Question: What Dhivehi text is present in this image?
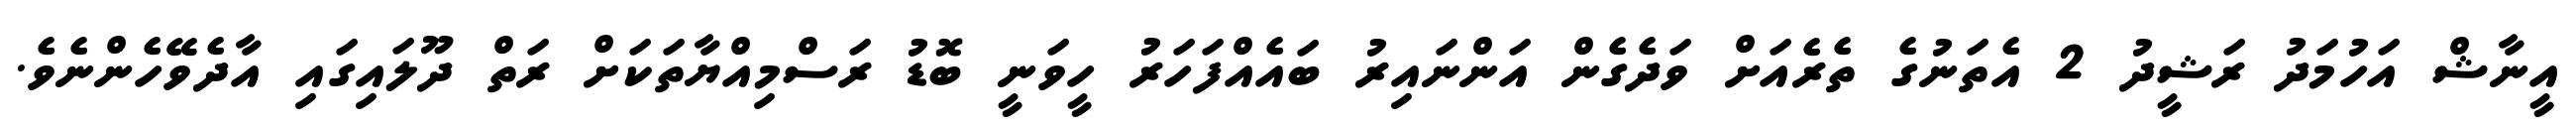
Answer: އީނާޝް އަހުމަދު ރަޝީދު 2 އެތަނުގެ ތެރެއަށް ވަދެގެން އަންނައިރު ބައެއްފަހަރު ހީވަނީ ބޮޑު ރަސްމިއްޔާތަކަށް ރަތް ދޫލައިގައި އާދެވޭހެންނެވެ.